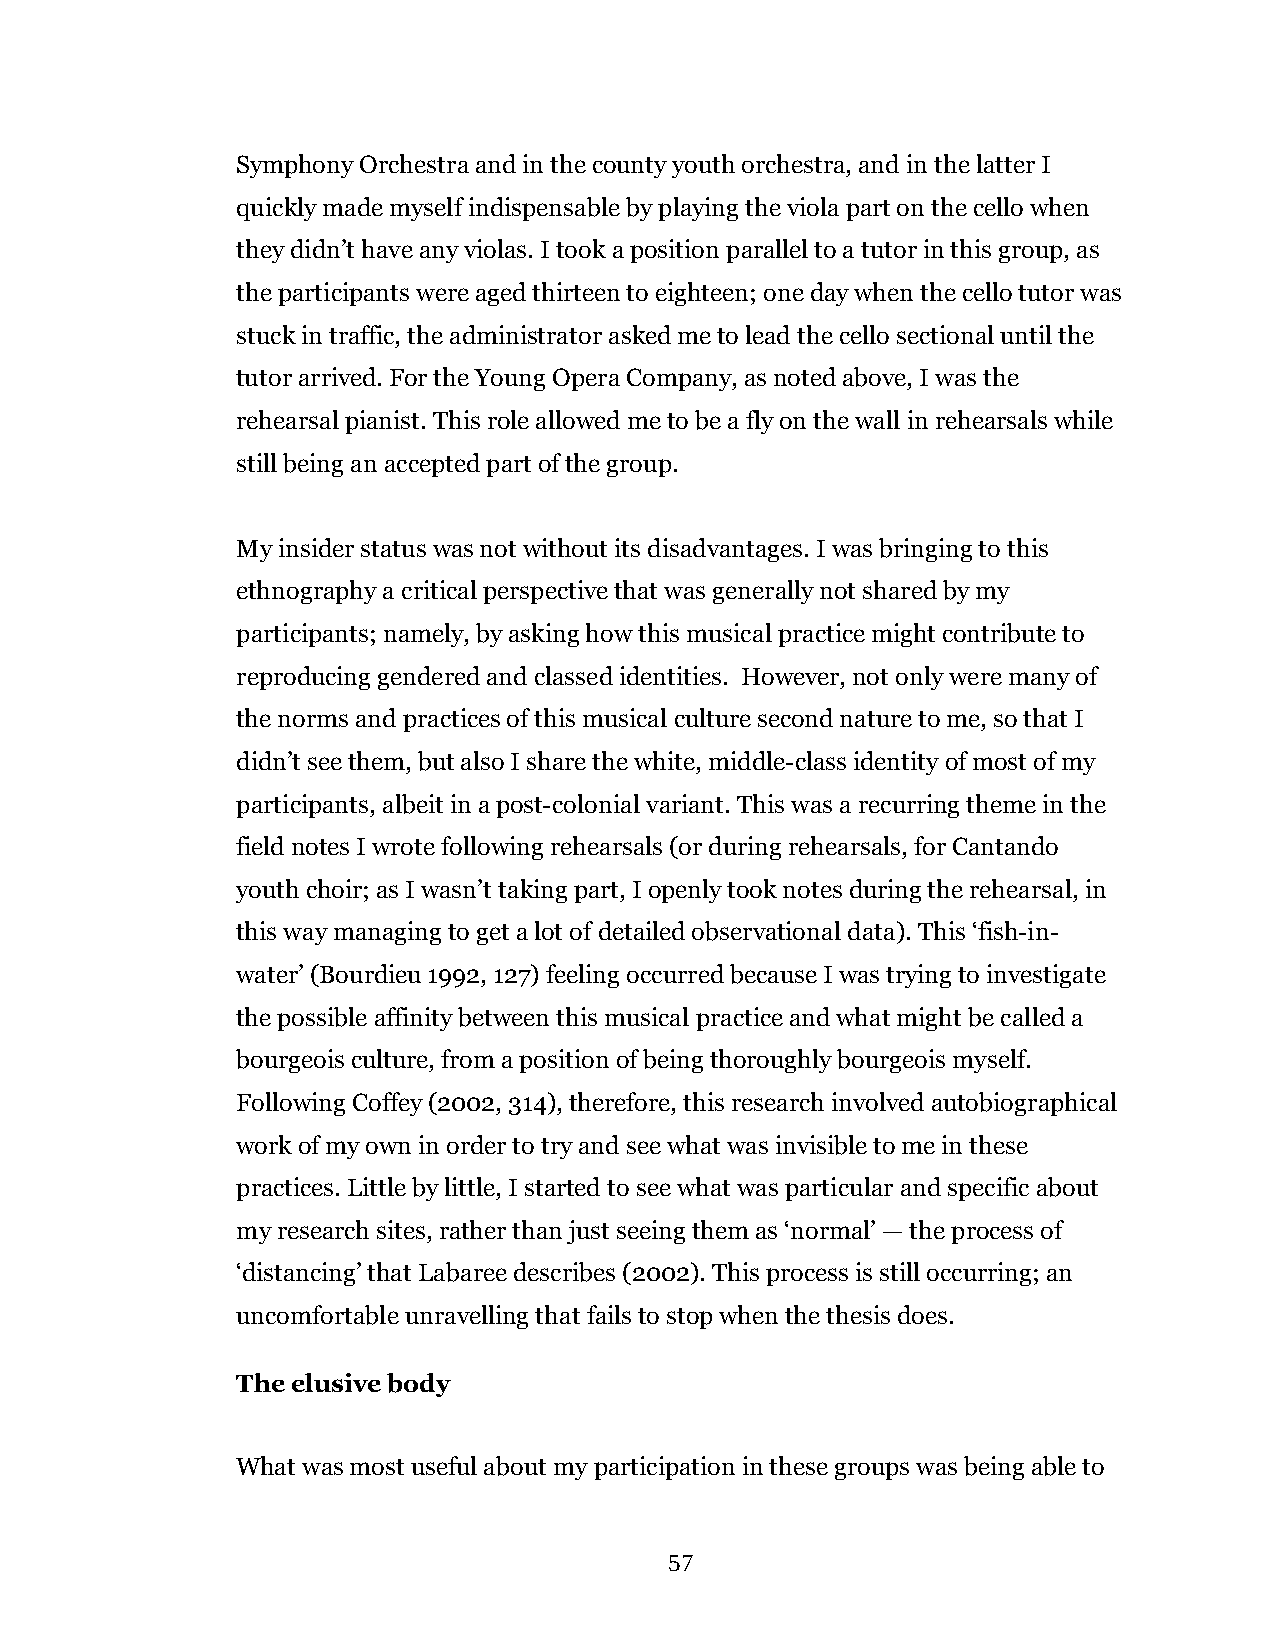
Symphony Orchestra and in the county youth orchestra, and in the latter I
 quickly made myself indispensable by playing the viola part on the cello when
 they didn’t have any violas. I took a position parallel to a tutor in this group, as
 the participants were aged thirteen to eighteen; one day when the cello tutor was
 stuck in traffic, the administrator asked me to lead the cello sectional until the
 tutor arrived. For the Young Opera Company, as noted above, I was the
 rehearsal pianist. This role allowed me to be a fly on the wall in rehearsals while
 still being an accepted part of the group.
 My insider status was not without its disadvantages. I was bringing to this
 ethnography a critical perspective that was generally not shared by my
 participants; namely, by asking how this musical practice might contribute to
 reproducing gendered and classed identities. However, not only were many of
 the norms and practices of this musical culture second nature to me, so that I
 didn’t see them, but also I share the white, middle-class identity of most of my
 participants, albeit in a post-colonial variant. This was a recurring theme in the
 field notes I wrote following rehearsals (or during rehearsals, for Cantando
 youth choir; as I wasn’t taking part, I openly took notes during the rehearsal, in
 this way managing to get a lot of detailed observational data). This ‘fish-in-
 water’ (Bourdieu 1992, 127) feeling occurred because I was trying to investigate
 the possible affinity between this musical practice and what might be called a
 bourgeois culture, from a position of being thoroughly bourgeois myself.
 Following Coffey (2002, 314), therefore, this research involved autobiographical
 work of my own in order to try and see what was invisible to me in these
 practices. Little by little, I started to see what was particular and specific about
 my research sites, rather than just seeing them as ‘normal’ — the process of
 ‘distancing’ that Labaree describes (2002). This process is still occurring; an
 uncomfortable unravelling that fails to stop when the thesis does.
 The elusive body
 What was most useful about my participation in these groups was being able to
 57